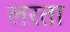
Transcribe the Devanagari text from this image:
लरता